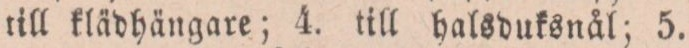
till klädhängare; 4. till halsduksnål; 5.